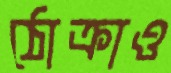
ঠোক্‌রাও